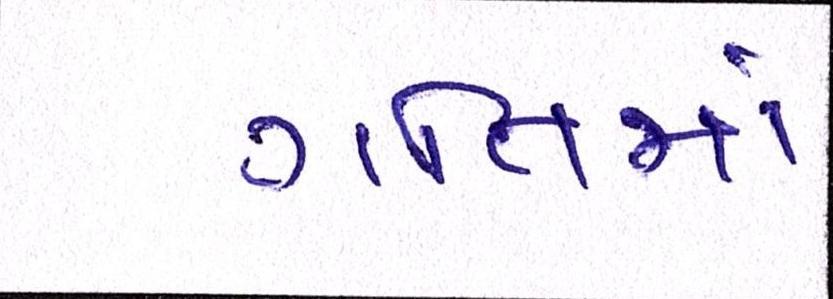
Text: ગતિમાં